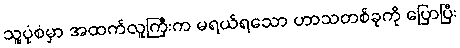
သူ့ပုံစံမှာ အထက်လူကြီးက မရယ်ရသော ဟာသတစ်ခုကို ပြောပြီး